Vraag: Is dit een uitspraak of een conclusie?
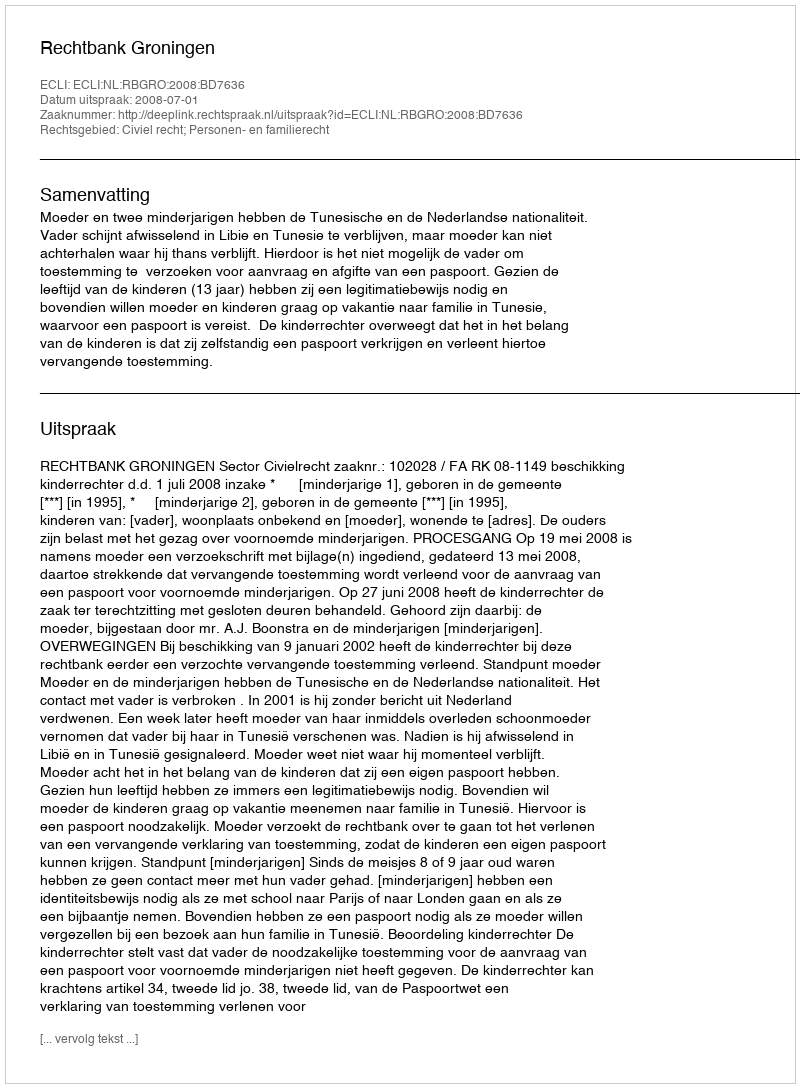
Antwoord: Uitspraak